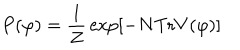
LaTeX: P ( \varphi ) = { \frac { 1 } { Z } } \exp [ - N \mathrm { T r } V ( \varphi ) ]